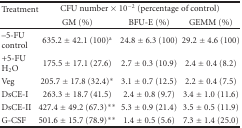
| Treatment | <COLSPAN=3> CFU number × 10−2 (percentage of control) |
 |  | GM (%) | BFU-E (%) | GEMM (%) |
 | --- | --- | --- | --- |
 | –5-FU control | 635.2 ± 42.1 (100)a | 24.8 ± 6.3 (100) | 29.2 ± 4.6 (100) |
 | +5-FU H2O | 175.5 ± 17.1 (27.6) | 2.7 ± 0.3 (10.9) | 2.4 ± 0.4 (8.2) |
 | Veg | 205.7 ± 17.8 (32.4)* | 3.1 ± 0.7 (12.5) | 2.2 ± 0.4 (7.5) |
 | DsCE-I | 263.3 ± 18.7 (41.5) | 2.4 ± 0.8 (9.7) | 3.4 ± 1.0 (11.6) |
 | DsCE-II | 427.4 ± 49.2 (67.3)** | 5.3 ± 0.9 (21.4) | 3.5 ± 0.5 (11.9) |
 | G-CSF | 501.6 ± 15.7 (78.9)** | 1.4 ± 0.5 (5.6) | 7.3 ± 1.4 (25.0) |